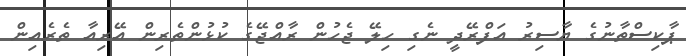
ޕާކިސްތާނުގެ ޔާސިރު އަފްރޭދީ ނެގި ހިލޭ ޖެހުން ރާއްޖޭގެ ކުޅުންތެރިން އޭރިއާ ތެރެއިން